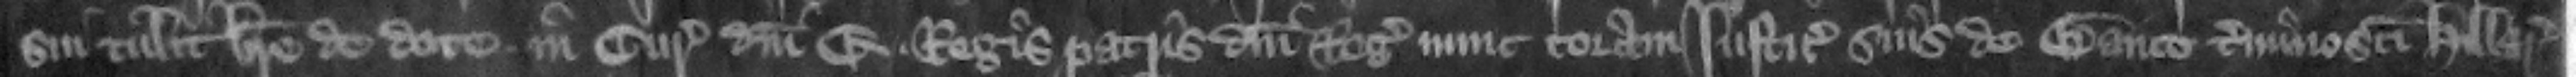
sui tulit breue de dote in curia domini E. regis patris domini regis nunc coram justiciariis suis de Banco termino Sancti Hillari